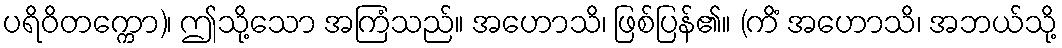
ပရိဝိတက္ကော)၊ ဤသို့သော အကြံသည်။ အဟောသိ၊ ဖြစ်ပြန်၏။ (ကိံ အဟောသိ၊ အဘယ်သို့